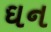
ઘન